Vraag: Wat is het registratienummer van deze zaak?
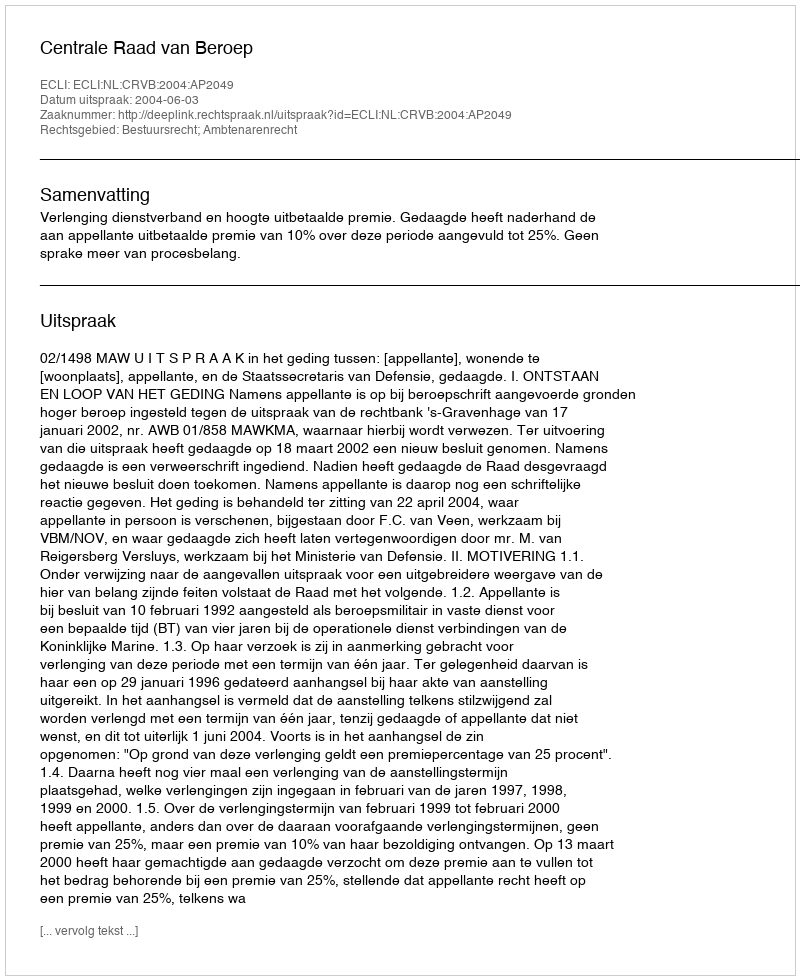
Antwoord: http://deeplink.rechtspraak.nl/uitspraak?id=ECLI:NL:CRVB:2004:AP2049